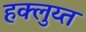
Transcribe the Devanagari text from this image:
हक्लुय्त